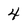
Character: 4